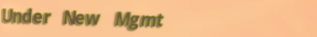
Under New Mgmt